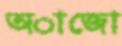
অাজো